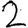
Digit: 2